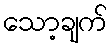
သော့ချက်